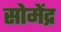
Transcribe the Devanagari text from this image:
सोमेंद्र